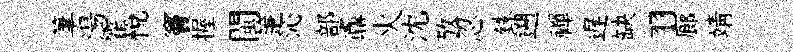
筆湯霍悦竇握閩箑沁部鼒火沈攷忍銖遡禪遅缺羽廊靖